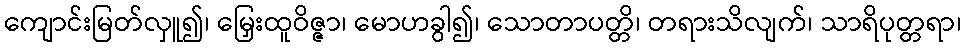
ကျောင်းမြတ်လှူ၍၊ မြှေးထူဝိဇ္ဇာ၊ မောဟခွါ၍၊ သောတာပတ္တိ၊ တရားသိလျက်၊ သာရိပုတ္တရာ၊